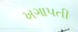
ખગાપતી